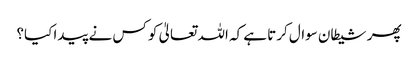
پھر شیطان سوال کرتا ہے کہ اللہ تعالیٰ کو کس نے پیدا کیا؟